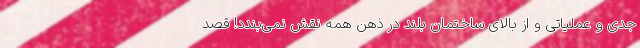
جدی و عملیاتی و از بالای ساختمان بلند در ذهن همه نقش نمی‌بندد! قصد